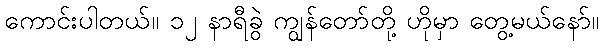
ကောင်းပါတယ်။ ၁၂ နာရီခွဲ ကျွန်တော်တို့ ဟိုမှာ တွေ့မယ်နော်။